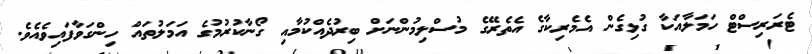
ޓެރަރިސްޓް ހަމަލާއަކާ ގުޅިގެން އެމެރިކާގެ އެތެރޭގެ މުސްލިމުންނަށް ބިރުދެއްކުމާއި ގޯނާކުރުމުގެ އަމަލުތައް ހިންގަވާފައިވެއެވެ.